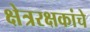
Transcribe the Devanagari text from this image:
क्षेत्ररक्षकांचे